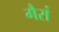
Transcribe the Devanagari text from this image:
गैरां